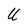
Character: U